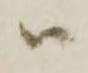
ハ